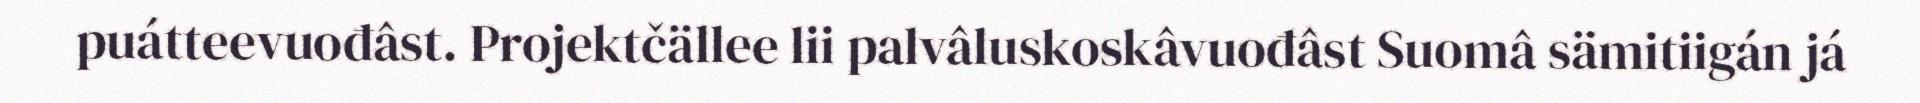
puátteevuođâst. Projektčällee lii palvâluskoskâvuođâst Suomâ sämitiigán já